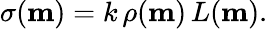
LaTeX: \begin{array}{r}{\sigma(\mathbf{m})=k\, \rho(\mathbf{m})\, L(\mathbf{m}).}\end{array}